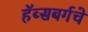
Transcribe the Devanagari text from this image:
हॅब्सबर्गचे